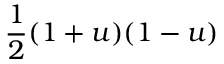
{ \frac { 1 } { 2 } } ( 1 + u ) ( 1 - u )